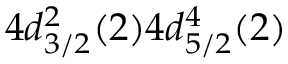
4 d _ { 3 / 2 } ^ { 2 } ( 2 ) 4 d _ { 5 / 2 } ^ { 4 } ( 2 )